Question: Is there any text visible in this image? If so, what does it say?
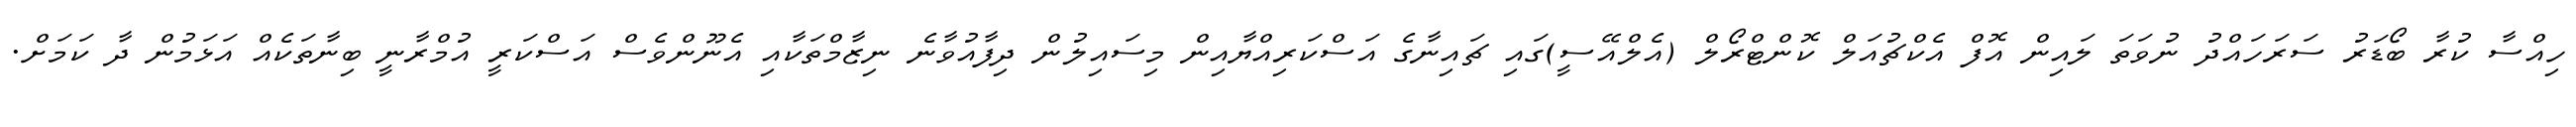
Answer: ހިއްސާ ކުރާ ބޯޑަރު ސަރަހައްދު ނުވަތަ ލައިން އޮފް އެކްޗުއަލް ކޮންޓްރޯލް (އެލްއޭސީ)ގައި ޗައިނާގެ އަސްކަރިއްޔާއިން މިސައިލުން ދިފާއުވާނެ ނިޒާމްތަކާއި އެނޫންވެސް އަސްކަރީ އުމްރާނީ ބިނާތަކެއް އަޅަމުން ދާ ކަމަށް.